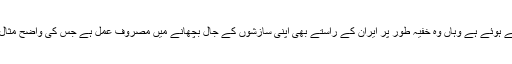
بھارت پاکستان کو عدم استحکام سے دوچارکرنے کے لیے جہاں افغانستان کی سرزمین کو بیس کیمپ بنائے ہوئے ہے وہاں وہ خفیہ طور پر ایران کے راستے بھی اپنی سازشوں کے جال بچھانے میں مصروف عمل ہے جس کی واضح مثال بھارتی جاسوس کلبھوشن یادیو ہے جو بلوچستان میں دہشت گردی کو فروغ دینے کے لیے کام کر رہا تھا۔